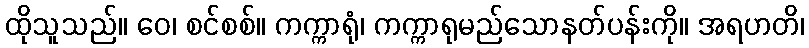
ထိုသူသည်။ ဝေ၊ စင်စစ်။ ကက္ကာရုံ၊ ကက္ကာရုမည်သောနတ်ပန်းကို။ အရဟတိ၊